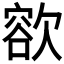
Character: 𣤄